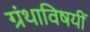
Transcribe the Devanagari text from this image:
ग्रंथाविषयीं